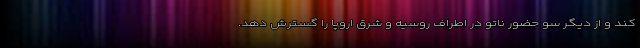
کند و از دیگر سو حضور ناتو در اطراف روسیه و شرق اروپا را گسترش دهد.